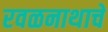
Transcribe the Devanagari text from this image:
रवळनाथाचे